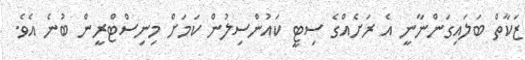
ޒަކާތް ބަލައިގަންނާނީ އެ ރަށެއްގެ ސިޓީ ކައުންސިލުން ކަމަށް މިނިސްޓްރީން ބުނެ އެވެ.